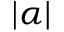
| \alpha |